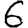
Digit: 6